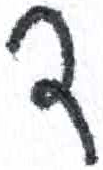
אות: ד